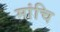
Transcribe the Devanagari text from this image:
मांचि